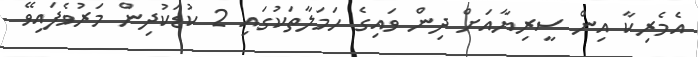
އެމެރިކާ އިން ސީރިޔާއަށް ދިން ވައިގެ ހަމަލާތަކުގައި 2 ކުޑަކުދިން މަރުވެފައިވޭ